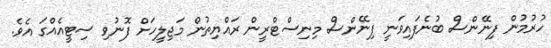
ހުރުމުން ފިނޭންސް ބުނެފައިވަނީ ފިނޭންސް މިނިސްޓްރީން ރައްޔިތުން މަޖިލީހަށް ފޮނުވި ސިޓީއެއްގަ އެވެ.